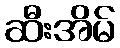
ဆီးအိမ်